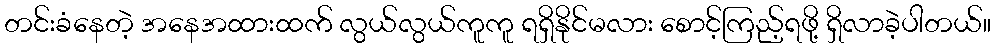
တင်းခံနေတဲ့ အနေအထားထက် လွယ်လွယ်ကူကူ ရရှိနိုင်မလား စောင့်ကြည့်ရဖို့ ရှိလာခဲ့ပါတယ်။